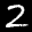
Label: 2